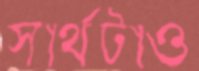
স্বার্থটাও